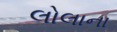
લોલાના